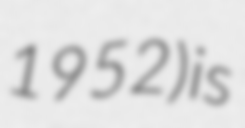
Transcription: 1952) is